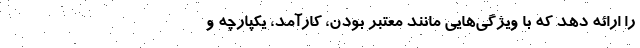
را ارائه دهد که با ویژگی‌هایی مانند معتبر بودن، کارآمد، یکپارچه و